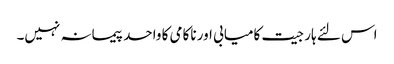
اس لئے ہار جیت کامیابی اور ناکامی کا واحد پیمانہ نہیں۔